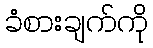
ခံစားချက်ကို